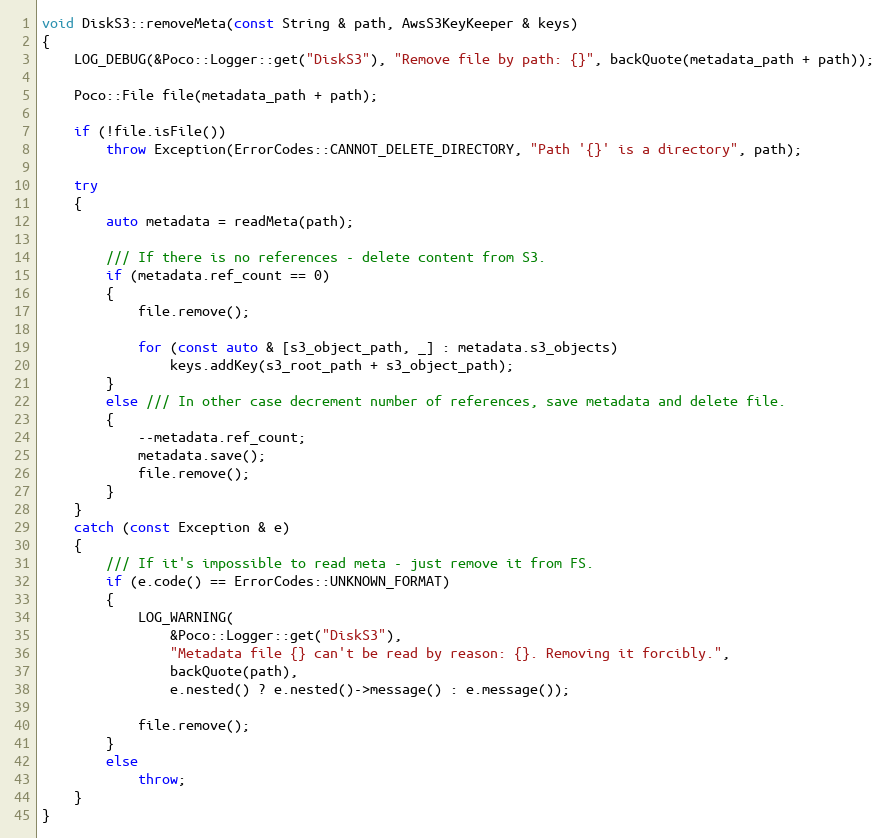
Language: C++
void DiskS3::removeMeta(const String & path, AwsS3KeyKeeper & keys)
{
    LOG_DEBUG(&Poco::Logger::get("DiskS3"), "Remove file by path: {}", backQuote(metadata_path + path));

    Poco::File file(metadata_path + path);

    if (!file.isFile())
        throw Exception(ErrorCodes::CANNOT_DELETE_DIRECTORY, "Path '{}' is a directory", path);

    try
    {
        auto metadata = readMeta(path);

        /// If there is no references - delete content from S3.
        if (metadata.ref_count == 0)
        {
            file.remove();

            for (const auto & [s3_object_path, _] : metadata.s3_objects)
                keys.addKey(s3_root_path + s3_object_path);
        }
        else /// In other case decrement number of references, save metadata and delete file.
        {
            --metadata.ref_count;
            metadata.save();
            file.remove();
        }
    }
    catch (const Exception & e)
    {
        /// If it's impossible to read meta - just remove it from FS.
        if (e.code() == ErrorCodes::UNKNOWN_FORMAT)
        {
            LOG_WARNING(
                &Poco::Logger::get("DiskS3"),
                "Metadata file {} can't be read by reason: {}. Removing it forcibly.",
                backQuote(path),
                e.nested() ? e.nested()->message() : e.message());

            file.remove();
        }
        else
            throw;
    }
}